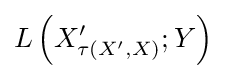
L\left(X_{\tau \left(X^{\prime },X\right)}^{\prime };Y\right)